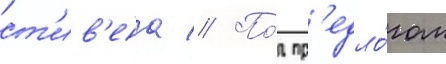
ст'ив'ена // По́д пр'едло́гом